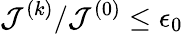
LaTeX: {{\mathcal J}^{\left(k\right)}}/{{\mathcal J}^{\left(0\right)}}\le\epsilon_{0}